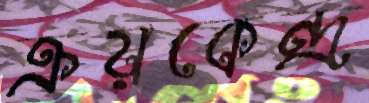
ক্রয়কেন্দ্র